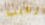
رهيب